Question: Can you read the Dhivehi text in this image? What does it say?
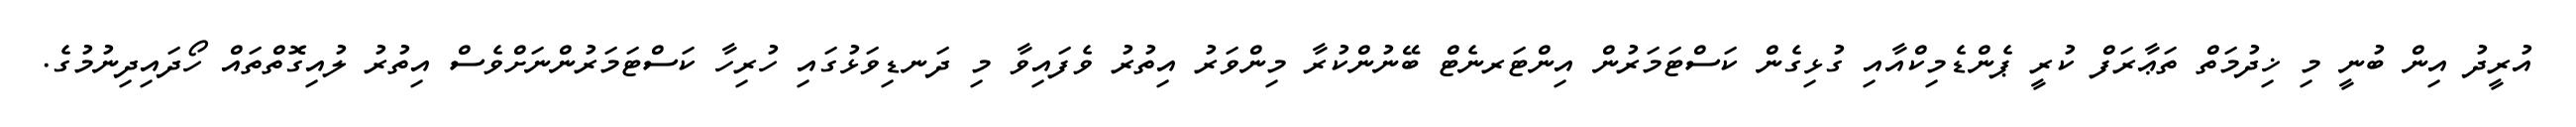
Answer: އުރީދު އިން ބުނީ މި ޚިދުމަތް ތަޢާރަފް ކުރީ ޕެންޑެމިކްއާއި ގުޅިގެން ކަސްޓަމަރުން އިންޓަރނެޓް ބޭނުންކުރާ މިންވަރު އިތުރު ވެފައިވާ މި ދަނޑިވަޅުގައި ހުރިހާ ކަސްޓަމަރުންނަށްވެސް އިތުރު ލުއިގޮތްތައް ހޯދައިދިނުމުގެ.